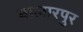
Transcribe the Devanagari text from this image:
बालारपुर